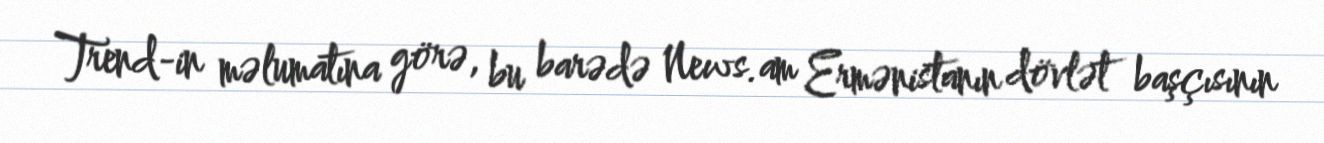
Trend-in məlumatına görə, bu barədə News.am Ermənistanın dövlət başçısının